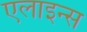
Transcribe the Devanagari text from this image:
एलाइन्स